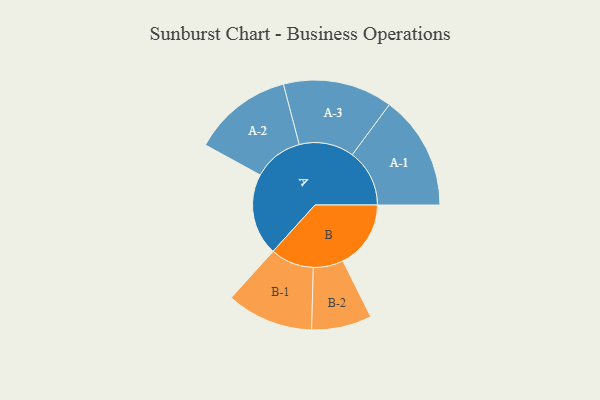
{"axis": {"x": "Segment", "y": "Value"}, "legend": ["", "A", "B"], "data": [{"x": "A", "y": 368, "type": ""}, {"x": "B", "y": 305, "type": ""}, {"x": "A-1", "y": 257, "type": "A"}, {"x": "A-2", "y": 224, "type": "A"}, {"x": "A-3", "y": 246, "type": "A"}, {"x": "B-1", "y": 195, "type": "B"}, {"x": "B-2", "y": 135, "type": "B"}]}